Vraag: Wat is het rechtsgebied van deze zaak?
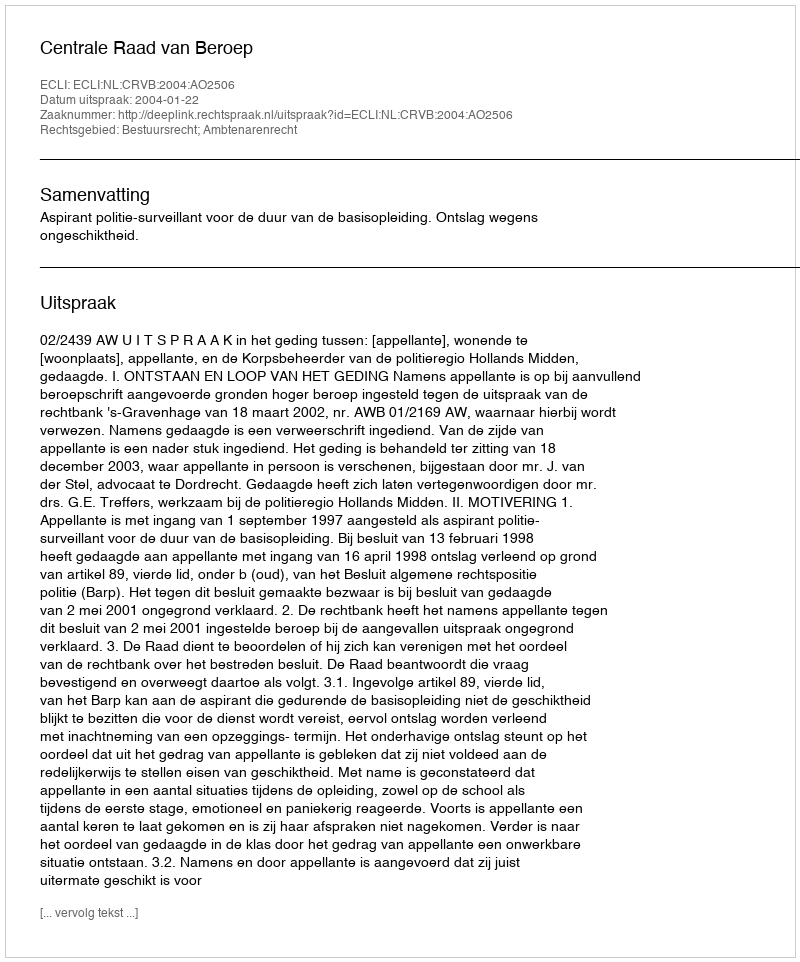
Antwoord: Bestuursrecht; Ambtenarenrecht